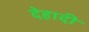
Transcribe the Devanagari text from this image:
देहादी